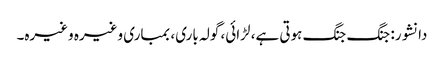
دانشور: جنگ جنگ ہوتی ہے، لڑائی، گولہ باری، بمباری وغیرہ وغیرہ۔